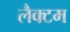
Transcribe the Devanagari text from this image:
लैक्टम